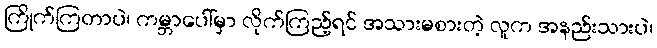
ကြိုက်ကြတာပဲ၊ ကမ္ဘာပေါ်မှာ လိုက်ကြည့်ရင် အသားမစားတဲ့ လူက အနည်းသားပဲ၊